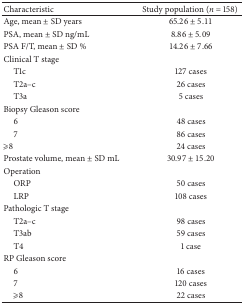
| Characteristic | Study population (n = 158) |
 | --- | --- |
 | Age, mean ± SD years | 65.26 ± 5.11 |
 | PSA, mean ± SD ng/mL | 8.86 ± 5.09 |
 | PSA F/T, mean ± SD % | 14.26 ± 7.66 |
 | Clinical T stage |  |
 | T1c | 127 cases |
 | T2a–c | 26 cases |
 | T3a | 5 cases |
 | Biopsy Gleason score |  |
 | 6 | 48 cases |
 | 7 | 86 cases |
 | ⩾8 | 24 cases |
 | Prostate volume, mean ± SD mL | 30.97 ± 15.20 |
 | Operation |  |
 | ORP | 50 cases |
 | LRP | 108 cases |
 | Pathologic T stage |  |
 | T2a–c | 98 cases |
 | T3ab | 59 cases |
 | T4 | 1 case |
 | RP Gleason score |  |
 | 6 | 16 cases |
 | 7 | 120 cases |
 | ⩾8 | 22 cases |